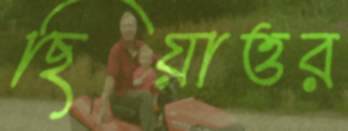
ছিয়াত্তর